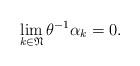
LaTeX: \begin{align*}\lim_{{k\in\mathfrak{N}}}\theta^{-1}\alpha_k=0.\end{align*}